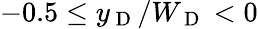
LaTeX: -0.5\leq y_{\mathrm{~D~}}/W_{\mathrm{~D~}}<0